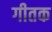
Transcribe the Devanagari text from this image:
गीतक